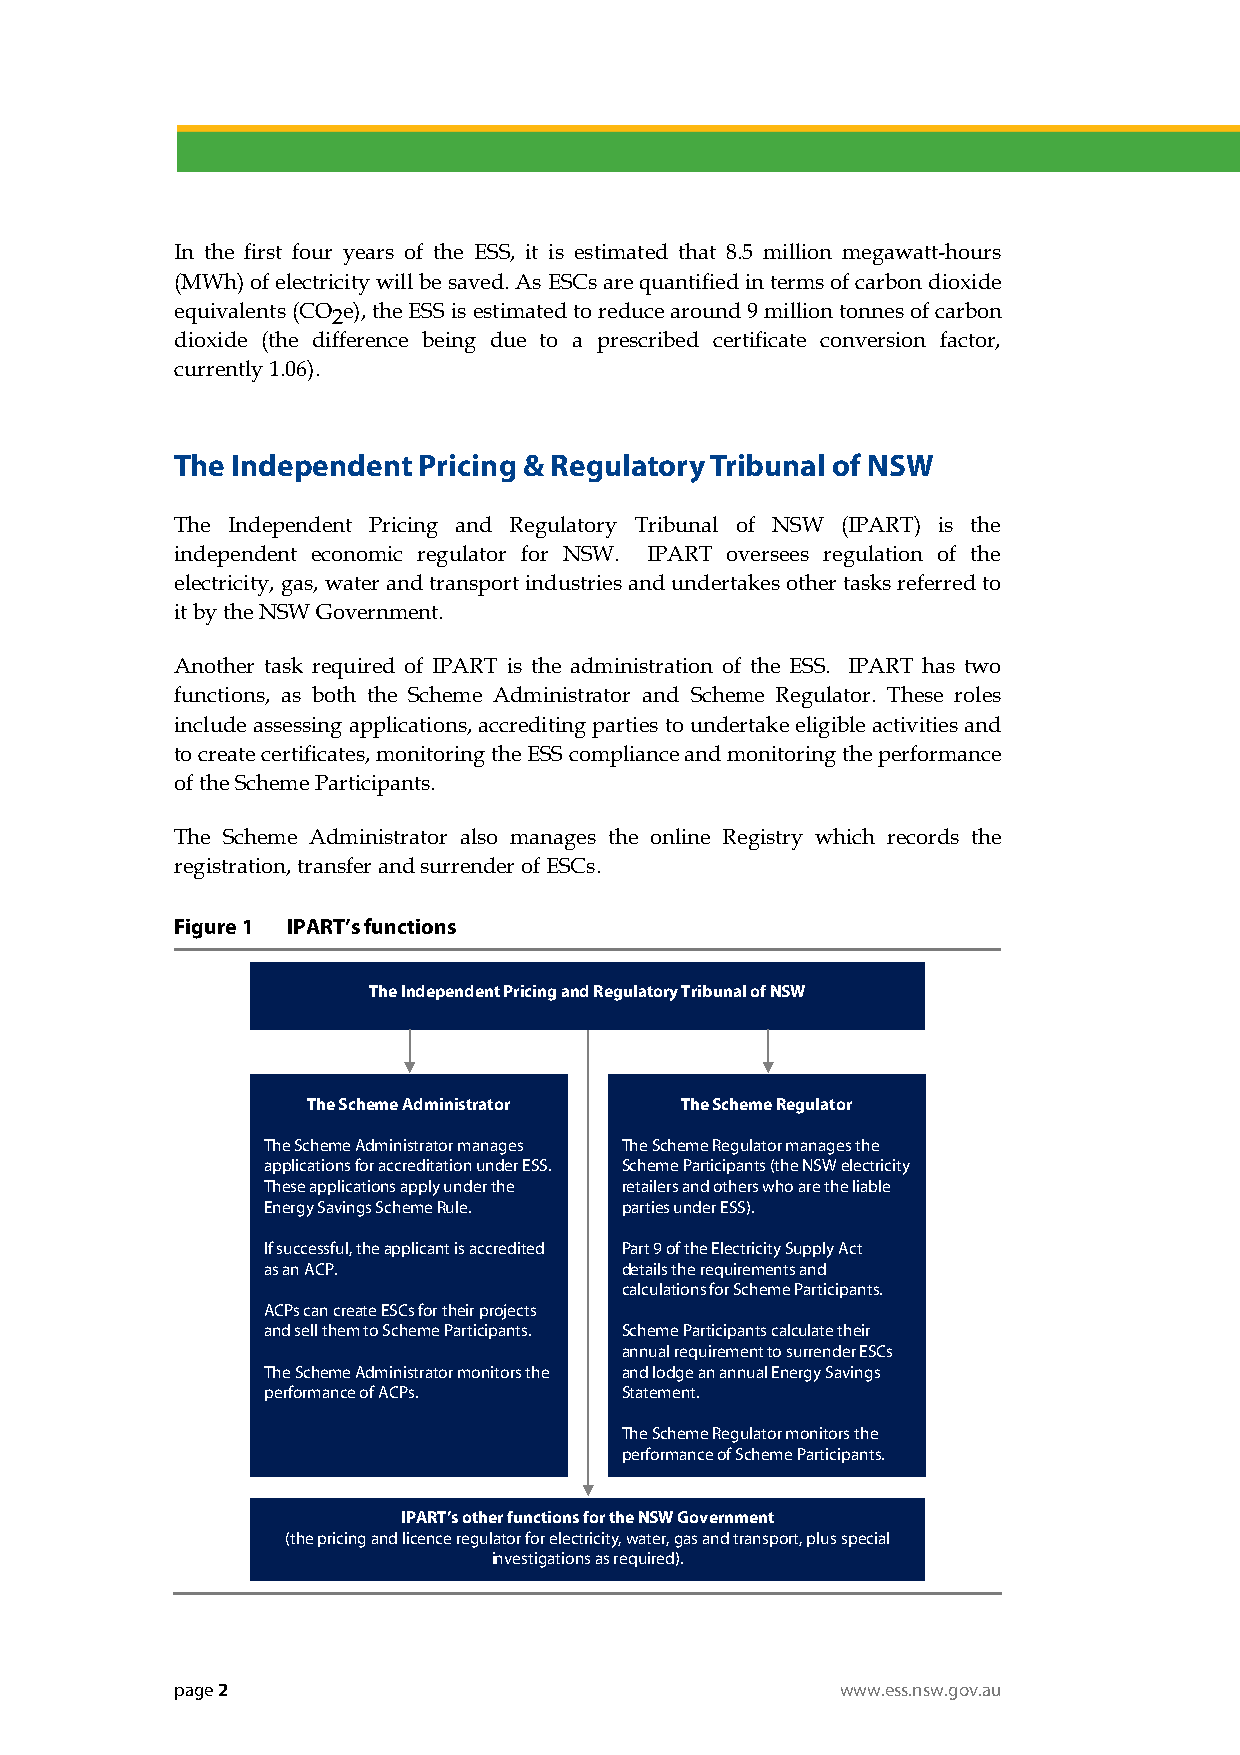
In the first four years of the ESS, it is estimated that 8.5 million megawatt-hours
 (MWh) of electricity will be saved. As ESCs are quantified in terms of carbon dioxide
 equivalents (CO e), the ESS is estimated to reduce around 9 million tonnes of carbon
 2
 dioxide (the difference being due to a prescribed certificate conversion factor,
 currently 1.06).
 The Independent Pricing & Regulatory Tribunal of NSW
 The Independent Pricing and Regulatory Tribunal of NSW (IPART) is the
 independent economic regulator for NSW. IPART oversees regulation of the
 electricity, gas, water and transport industries and undertakes other tasks referred to
 it by the NSW Government.
 Another task required of IPART is the administration of the ESS. IPART has two
 functions, as both the Scheme Administrator and Scheme Regulator. These roles
 include assessing applications, accrediting parties to undertake eligible activities and
 to create certificates, monitoring the ESS compliance and monitoring the performance
 of the Scheme Participants.
 The Scheme Administrator also manages the online Registry which records the
 registration, transfer and surrender of ESCs.
 Figure 1 IPART’s functions
 The Independent Pricing and Regulatory Tribunal of NSW
 The Scheme Administrator The Scheme Regulator
 The Scheme Administrator manages The Scheme Regulator manages the
 applications for accreditation under ESS. Scheme Participants (the NSW electricity
 These applications apply under the retailers and others who are the liable
 Energy Savings Scheme Rule. parties under ESS).
 If successful, the applicant is accredited Part 9 of the Electricity Supply Act
 as an ACP.              details the requirements and
 calculations for Scheme Participants.
 ACPs can create ESCs for their projects
 and sell them to Scheme Participants. Scheme Participants calculate their
 annual requirement to surrender ESCs
 The Scheme Administrator monitors the and lodge an annual Energy Savings
 performance of ACPs.    Statement.
 The Scheme Regulator monitors the
 performance of Scheme Participants.
 IPART’s other functions for the NSW Government
 (the pricing and licence regulator for electricity, water, gas and transport, plus special
 investigations as required).
 page 2                                      www.ess.nsw.gov.au